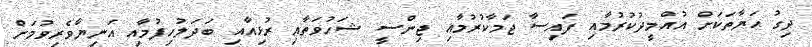
ދިގު ޙަޔާތަކަށް އުއްމީދުކުރުމާއި ފައިސާ ޖަމާކުރުމާއި ޖިންސީ ޝަހުވަތާއި ރުޅިއާއި ބަދަލުހިފުމާއި އަނިޔާވެރިވުމަށް